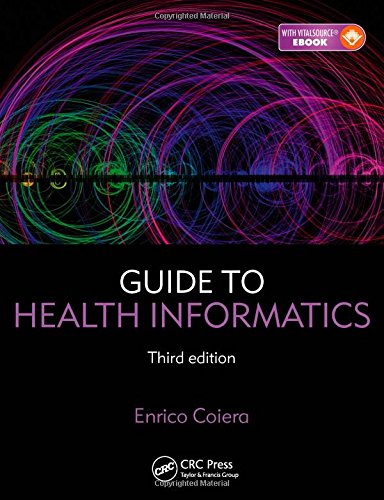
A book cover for Guide to Health Informatics, Third Edition; Enrico Coiera; Computers & Technology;